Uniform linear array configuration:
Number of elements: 24
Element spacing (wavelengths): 0.5
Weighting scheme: cosine
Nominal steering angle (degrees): -45
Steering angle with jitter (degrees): -45.986
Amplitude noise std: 0.05
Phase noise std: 0.05

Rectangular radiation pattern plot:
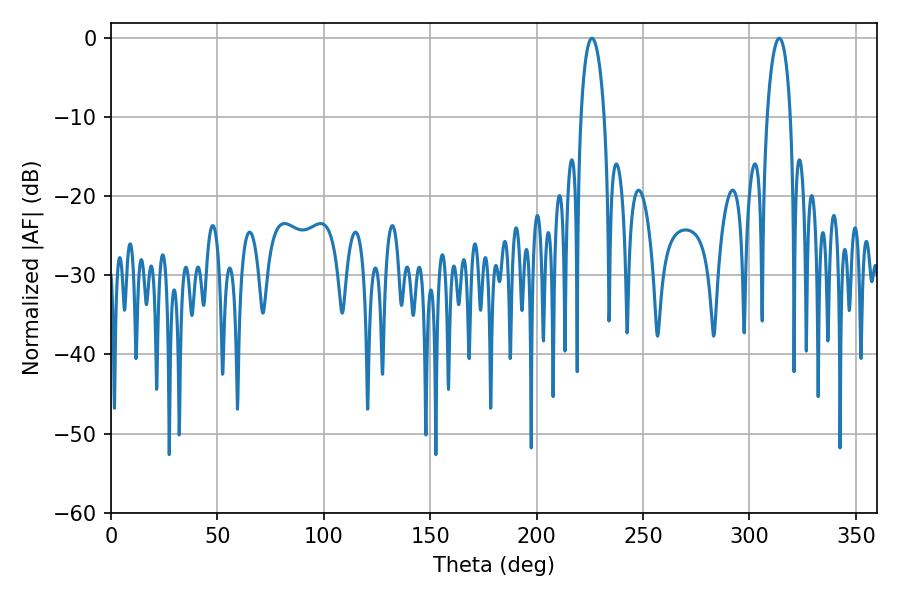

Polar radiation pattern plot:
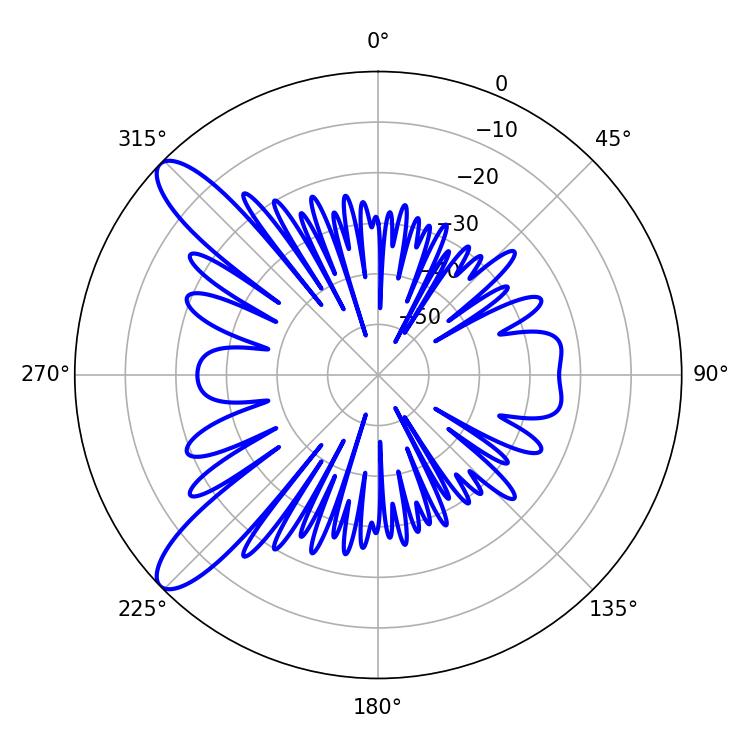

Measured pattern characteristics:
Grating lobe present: FALSE
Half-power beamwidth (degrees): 6.12
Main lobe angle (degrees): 225.9